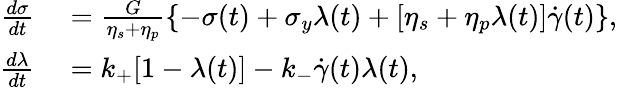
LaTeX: \begin{array}{rl}{\frac{d\sigma}{dt}}&{{}=\frac{G}{\eta_{s}+\eta_{p}}\left\{ -\sigma(t)+\sigma_{y}\lambda(t)+[\eta_{s}+\eta_{p}\lambda(t)]\dot{\gamma}(t)\right\} ,}\\ {\frac{d\lambda}{dt}}&{{}=k_{+}[1-\lambda(t)]-k_{-}\dot{\gamma}(t)\lambda(t),}\end{array}